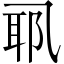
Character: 𱎉